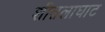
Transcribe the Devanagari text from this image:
शीतलाघाट